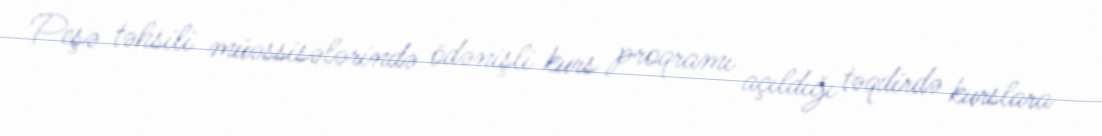
Peşə təhsili müəssisələrində ödənişli kurs proqramı açıldığı təqdirdə kurslara